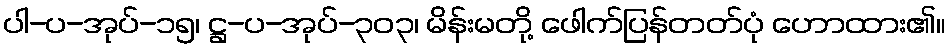
ပါ-ပ-အုပ်-၁၅၊ ဋ္ဌ-ပ-အုပ်-၃၀၃၊ မိန်းမတို့ ဖေါက်ပြန်တတ်ပုံ ဟောထား၏။